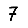
Digit: 7